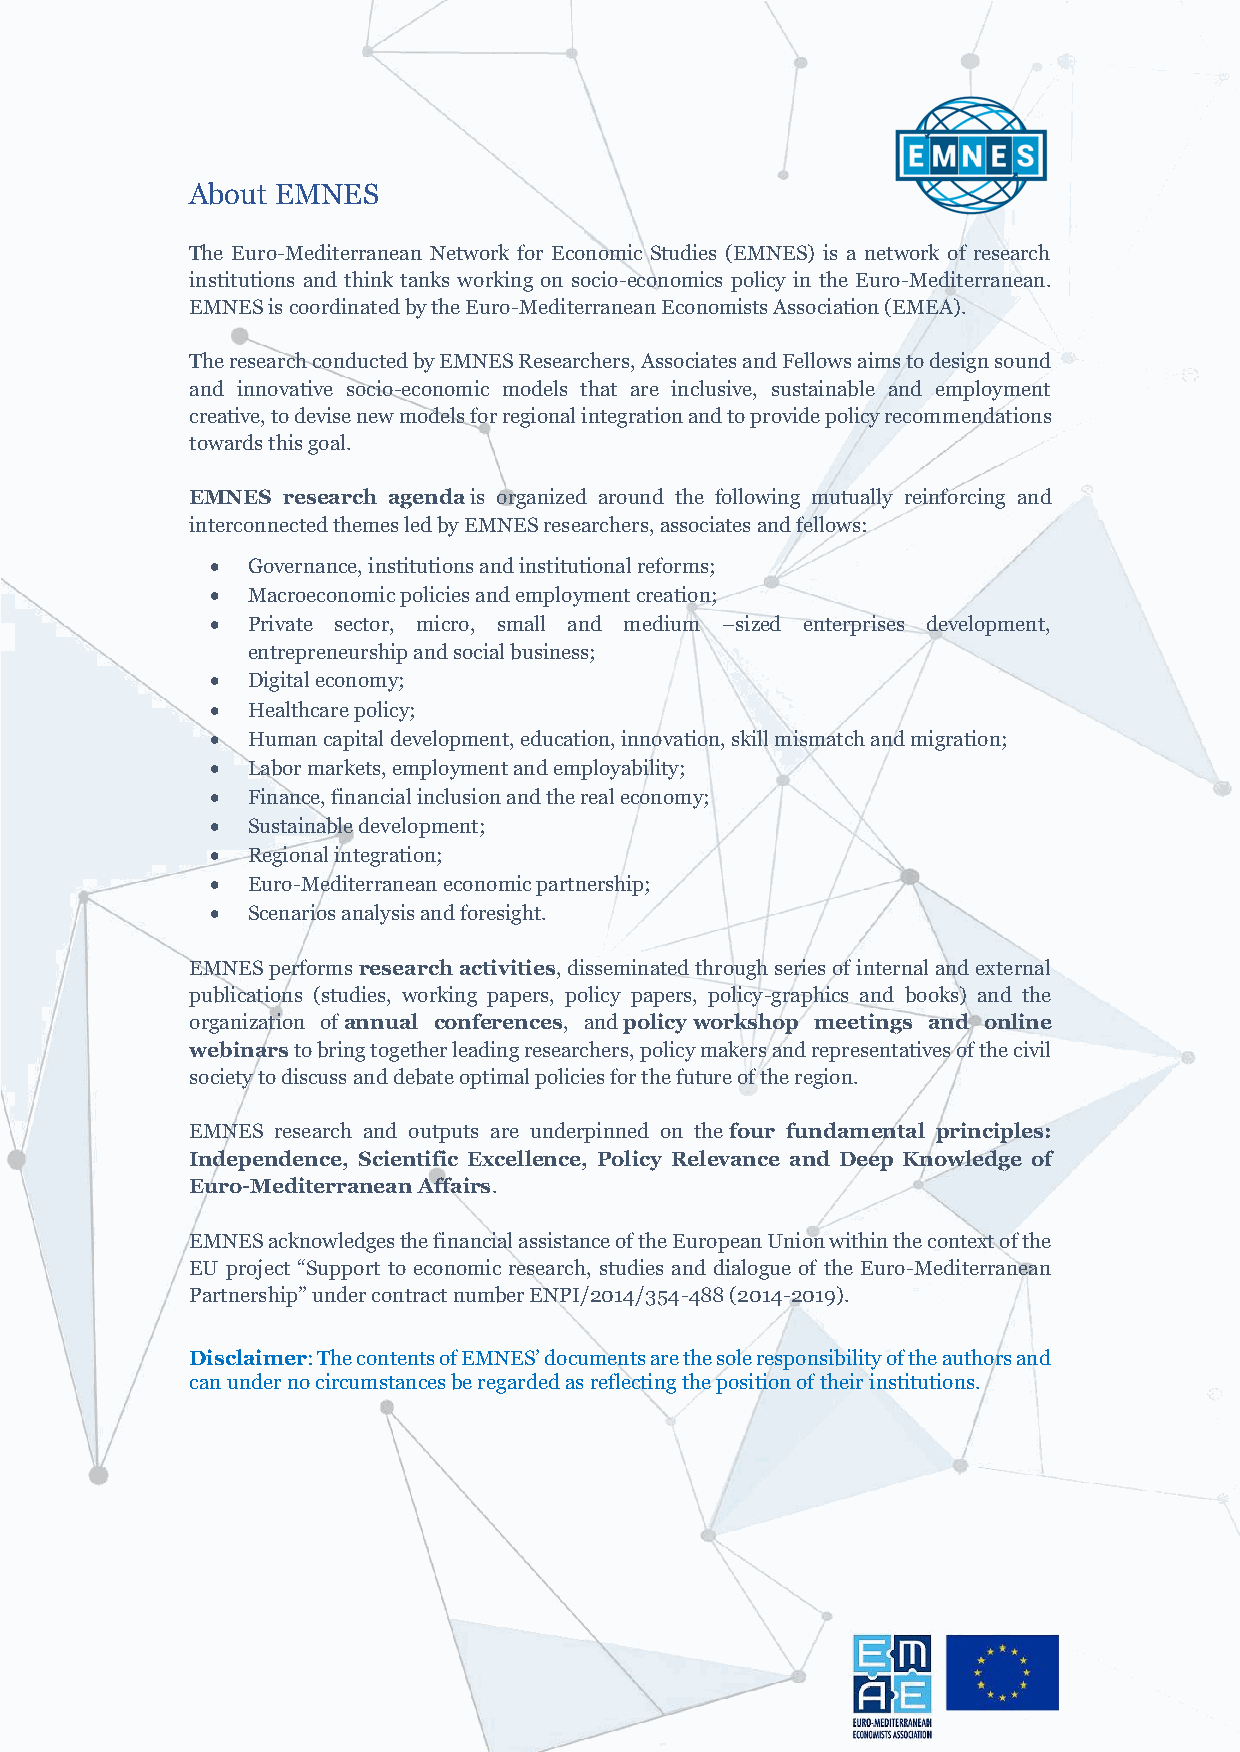
About EMNES
 The Euro-Mediterranean Network for Economic Studies (EMNES) is a network of research
 institutions and think tanks working on socio-economics policy in the Euro-Mediterranean.
 EMNES is coordinated by the Euro-Mediterranean Economists Association (EMEA).
 The research conducted by EMNES Researchers, Associates and Fellows aims to design sound
 and innovative socio-economic models that are inclusive, sustainable and employment
 creative, to devise new models for regional integration and to provide policy recommendations
 towards this goal.
 EMNES research agenda is organized around the following mutually reinforcing and
 interconnected themes led by EMNES researchers, associates and fellows:
 • Governance, institutions and institutional reforms;
 • Macroeconomic policies and employment creation;
 • Private sector, micro, small and medium –sized enterprises development,
 entrepreneurship and social business;
 • Digital economy;
 • Healthcare policy;
 • Human capital development, education, innovation, skill mismatch and migration;
 • Labor markets, employment and employability;
 • Finance, financial inclusion and the real economy;
 • Sustainable development;
 • Regional integration;
 • Euro-Mediterranean economic partnership;
 • Scenarios analysis and foresight.
 EMNES performs research activities, disseminated through series of internal and external
 publications (studies, working papers, policy papers, policy-graphics and books) and the
 organization of annual conferences, and policy workshop meetings and online
 webinars to bring together leading researchers, policy makers and representatives of the civil
 society to discuss and debate optimal policies for the future of the region.
 EMNES research and outputs are underpinned on the four fundamental principles:
 Independence, Scientific Excellence, Policy Relevance and Deep Knowledge of
 Euro-Mediterranean Affairs.
 EMNES acknowledges the financial assistance of the European Union within the context of the
 EU project “Support to economic research, studies and dialogue of the Euro-Mediterranean
 Partnership” under contract number ENPI/2014/354-488 (2014-2019).
 Disclaimer: The contents of EMNES’ documents are the sole responsibility of the authors and
 can under no circumstances be regarded as reflecting the position of their institutions.